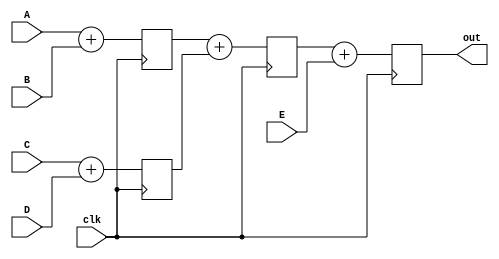
// Quartus II Verilog Template
// Pipelined binary adder tree

module pipelined_binary_adder_tree
#(parameter WIDTH=16)
(
	input [WIDTH-1:0] A, B, C, D, E,
	input clk,
	output [WIDTH-1:0] out
);

	wire [WIDTH-1:0] sum1, sum2, sum3, sum4;
	reg [WIDTH-1:0] sumreg1, sumreg2, sumreg3, sumreg4;

	always @ (posedge clk)
	begin
		sumreg1 <= sum1;
		sumreg2 <= sum2; 
		sumreg3 <= sum3;
		sumreg4 <= sum4;
	end

	// 2-bit additions
	assign sum1 = A + B;
	assign sum2 = C + D;
	assign sum3 = sumreg1 + sumreg2;
	assign sum4 = sumreg3 + E;
	assign out = sumreg4;

endmodule